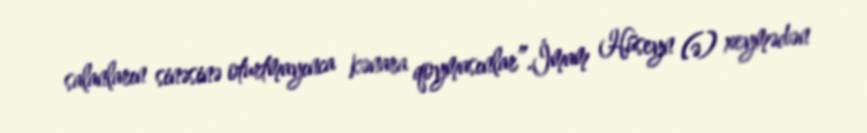
salanların sinəsinə oturtmayınca kənara qoymasınlar”.İmam Hüseyn (ə) xeymədən